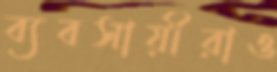
ব্যবসায়ীরাও